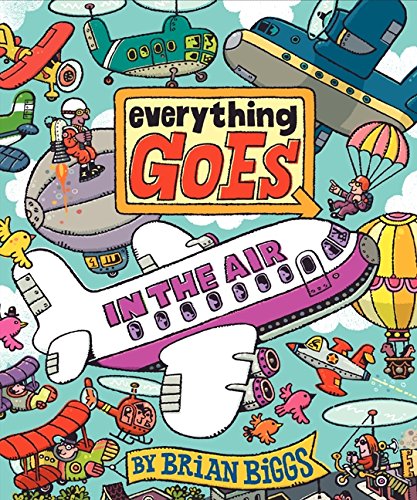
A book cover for Everything Goes: In the Air; Brian Biggs; Children's Books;